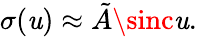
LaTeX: \sigma(\mathit{u})\approx\tilde{{A}}\sinc\mathit{u}.